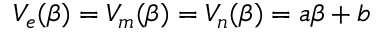
V _ { e } ( \beta ) = V _ { m } ( \beta ) = V _ { n } ( \beta ) = a \beta + b